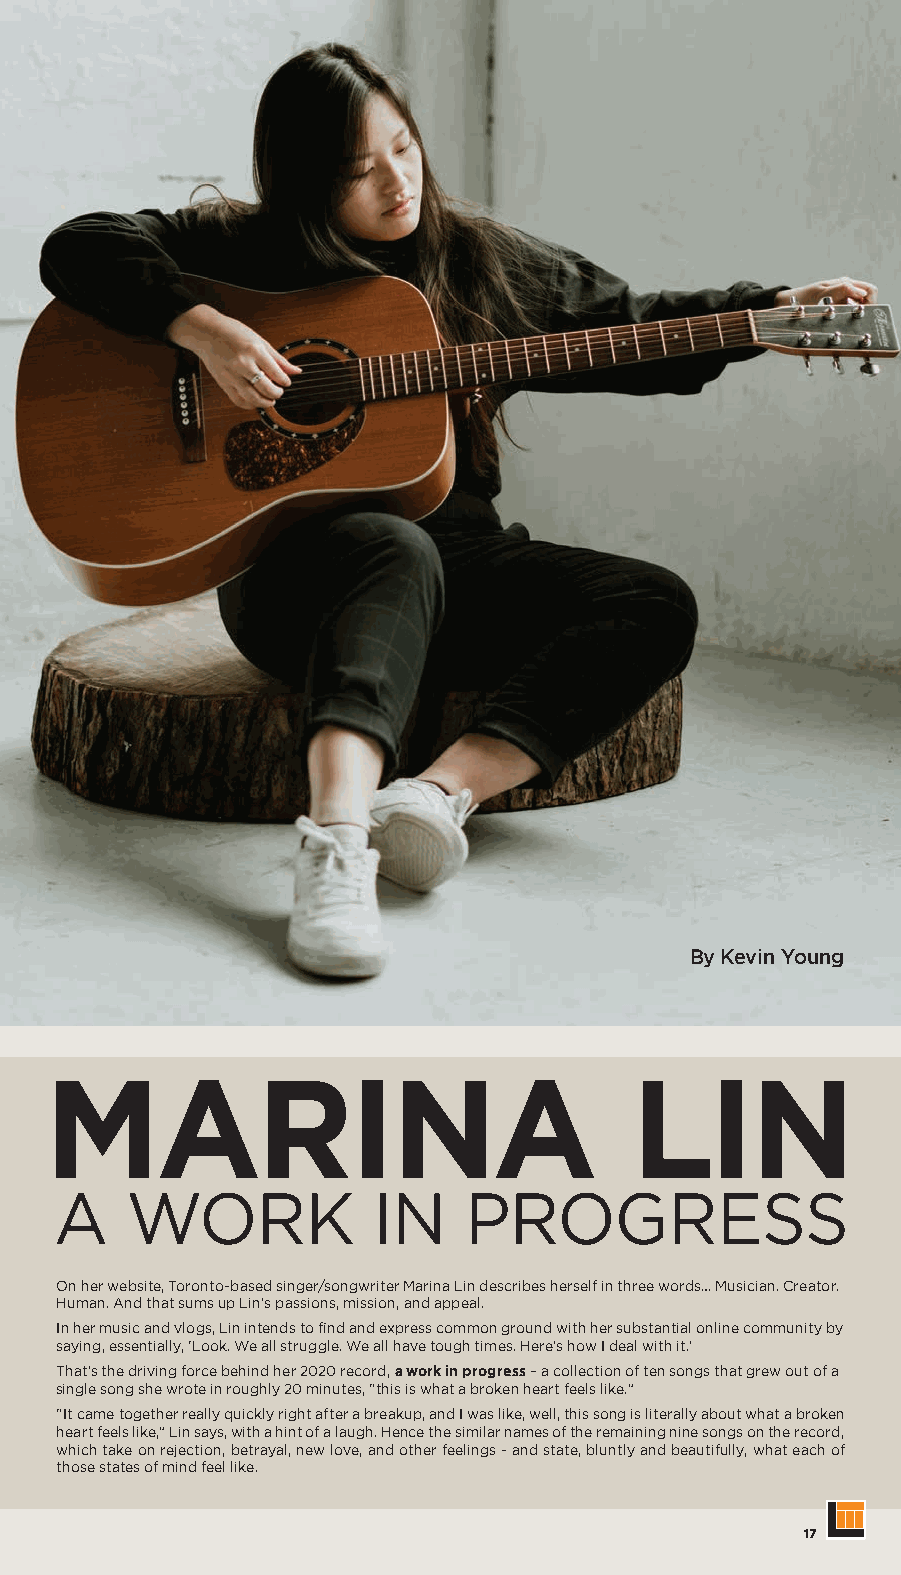
By Kevin Young
 MARINA                                 LIN
 A   WORK             IN    PROGRESS
 On her website, Toronto-based singer/songwriter Marina Lin describes herself in three words… Musician. Creator.
 Human. And that sums up Lin’s passions, mission, and appeal.
 In her music and vlogs, Lin intends to find and express common ground with her substantial online community by
 saying, essentially, ‘Look. We all struggle. We all have tough times. Here’s how I deal with it.’
 That’s the driving force behind her 2020 record, a work in progress – a collection of ten songs that grew out of a
 single song she wrote in roughly 20 minutes, “this is what a broken heart feels like.”
 “It came together really quickly right after a breakup, and I was like, well, this song is literally about what a broken
 heart feels like,” Lin says, with a hint of a laugh. Hence the similar names of the remaining nine songs on the record,
 which take on rejection, betrayal, new love, and other feelings - and state, bluntly and beautifully, what each of
 those states of mind feel like.
 17